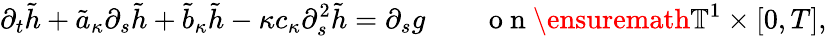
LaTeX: \partial_{t}\tilde{h}+\tilde{a}_{\kappa}\partial_{s}\tilde{h}+\tilde{b}_{\kappa}\tilde{h}-\kappa c_{\kappa}\partial_{s}^{2}\tilde{h}=\partial_{s}g\qquad\mathrm{~o~n~}\ensuremath{\mathbb{T}}^{1}\times[0,T],